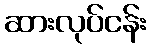
ဆားလုပ်ငန်း